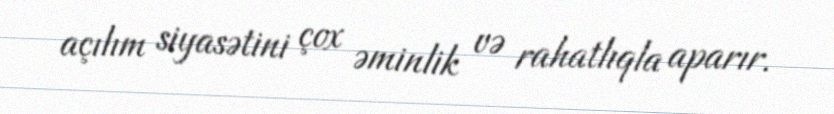
açılım siyasətini çox əminlik və rahatlıqla aparır.